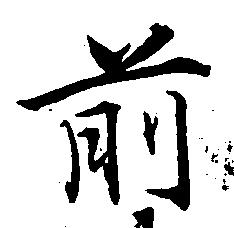
前